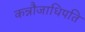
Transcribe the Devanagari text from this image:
कन्नौजाधिपति